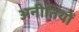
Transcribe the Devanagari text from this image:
अनीतियों